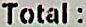
TOTAL :